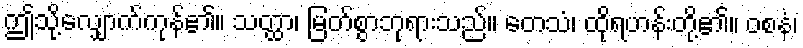
ဤသို့လျှောက်ကုန်၏။ သတ္ထာ၊ မြတ်စွာဘုရားသည်။ တေသံ၊ ထိုရဟန်းတို့၏။ ဝစနံ၊